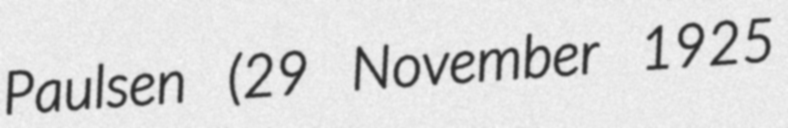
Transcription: Paulsen (29 November 1925